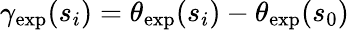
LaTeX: \gamma_{\mathrm{exp}}(s_{i})=\theta_{\mathrm{exp}}(s_{i})-\theta_{\mathrm{exp}}(s_{0})